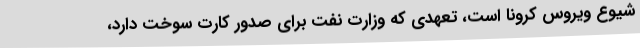
شیوع ویروس کرونا است، تعهدی که وزارت نفت برای صدور کارت سوخت دارد،